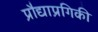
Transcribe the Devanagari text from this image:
प्रौद्याप्रगिकी